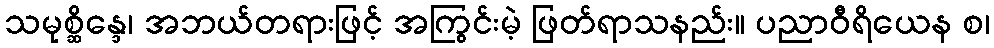
သမုစ္ဆိန္ဒေ၊ အဘယ်တရားဖြင့် အကြွင်းမဲ့ ဖြတ်ရာသနည်း။ ပညာဝီရိယေန စ၊